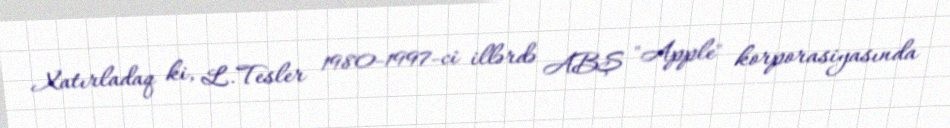
Xatırladaq ki, L.Tesler 1980-1997-ci illərdə ABŞ "Apple" korporasiyasında